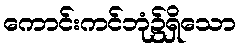
ကောင်းကင်ဘုံ၌ရှိသော